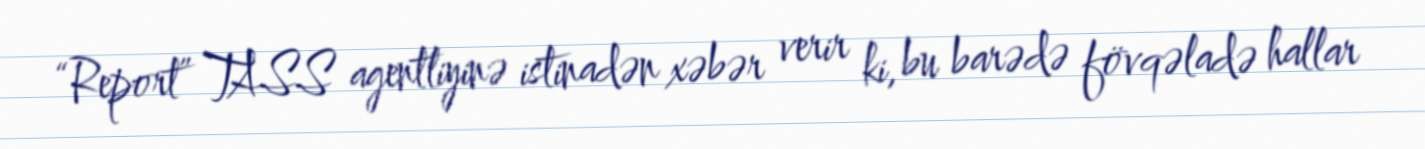
“Report” TASS agentliyinə istinadən xəbər verir ki, bu barədə fövqəladə hallar